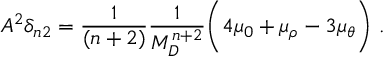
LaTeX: A ^ { 2 } \delta _ { n 2 } = \frac { 1 } { ( n + 2 ) } \frac { 1 } { M _ { D } ^ { n + 2 } } \bigg ( 4 \mu _ { 0 } + \mu _ { \rho } - 3 \mu _ { \theta } \bigg ) ~ .